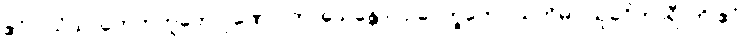
ဧဝံ ပသံသာဟေတုဘူတေ ဂုဏေ ပကာသေန္တော “ဥပေက္ခကော သတိမာ သုခဝိဟာရီ”တိ ဧဝံ